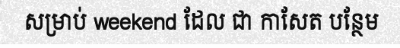
សម្រាប់ weekend ដែល ជា កាសែត បន្ថែម